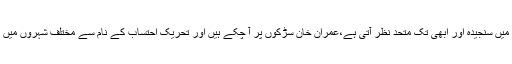
آپوزیشن اس معاملے میں سنجیدہ اور ابھی تک متحد نظر آتی ہے،عمران خان سڑکوں پر آ چکے ہیں اور تحریک احتساب کے نام سے مختلف شہروں میں احتجاج کررہے ہیں ۔